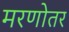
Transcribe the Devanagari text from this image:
मरणोतर